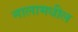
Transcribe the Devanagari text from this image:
नालामधील